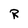
Character: R